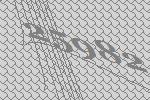
25982